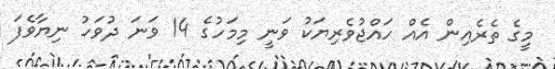
މީގެ ތެރެއިން އެއް ހައްޖުވެރިޔަކު ވަނީ މިމަހުގެ 14 ވަނަ ދުވަހު ނިޔާވެފަ